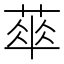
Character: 𦶎